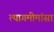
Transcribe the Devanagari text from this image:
त्यागमीमांसा